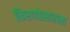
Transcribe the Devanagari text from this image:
किरणोत्साराला